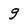
Character: 9